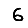
Digit: 6